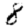
Digit: 8